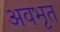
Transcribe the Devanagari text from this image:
अवभृत